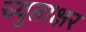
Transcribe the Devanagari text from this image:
च्युताक्षर